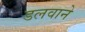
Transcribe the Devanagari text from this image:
डलवाने